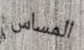
المساس